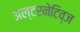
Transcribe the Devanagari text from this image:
अल्टरनेटिव्ज